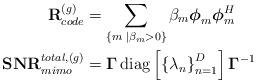
LaTeX: \begin{align*}\mathbf{R}^{(g)}_{code}&=\sum_{\left\{m \; \vert \beta_m > 0\right\}}\beta_m \boldsymbol{\phi}_m \boldsymbol{\phi}_m^H \\\mathbf{SNR}^{total,(g)}_{mimo}&=\boldsymbol{\Gamma}\operatorname{diag}\left[\left\{\lambda_n\right\}_{n=1}^{D}\right]\boldsymbol{\Gamma}^{-1}\end{align*}